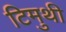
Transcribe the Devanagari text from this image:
टिमुथी